Indian journal of veterinary science and animal husbandry - Volume 6,
Year: 1936
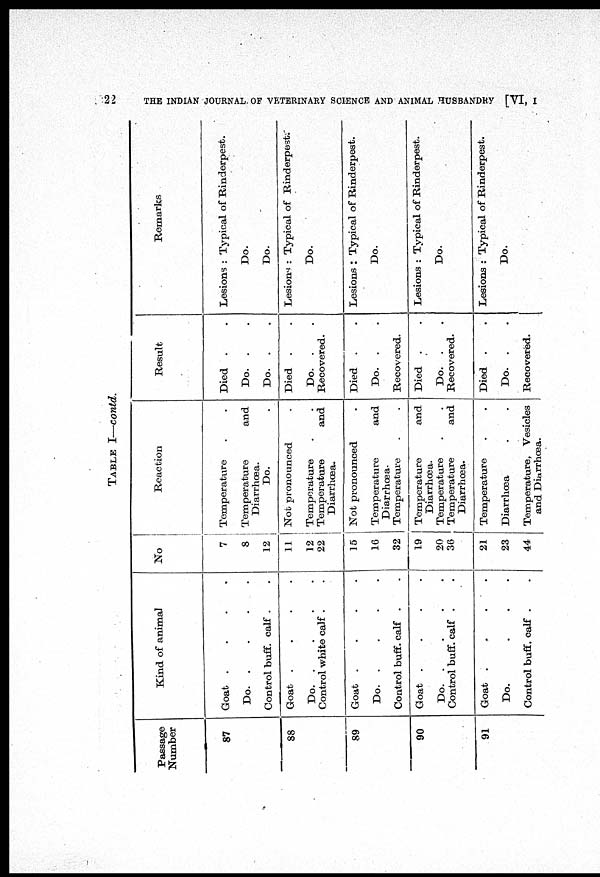
22
THE INDIAN JOURNAL OF VETERINARY SCIENCE AND ANIMAL HUSBANDRY [VI, I
TABLE I—contd.
Passage
Number
87
88
89
90
91
Kind of animal
Goat . . . .
Do.
.
.
.
.
Control buff. calf . .
Goat . . . .
Do.
.
.
.
.
Control white calf . .
Goat . . . .
Do.
.
.
.
.
Control buff. calf . .
Goat . . . .
Do.
.
.
.
.
Control buff. calf . .
Goat . . . .
Do. . . .
Control buff. calf .
.
No
7
8
12
11
12
22
15
16
32
19
20
36
21
23
44
Reaction
Temperature
.
.
Temperature and
Diarrhœa.
Do. .
Not pronounced .
Temperature . .
Temperature
and
Diarrhœa.
Not pronounced
.
Temperature and
Diarrhœa.
Temperature . .
Temperature and
Diarrhœa.
Temperature . .
Temperature and
Diarrhœa.
Temperature
.
.
Diarrhœa . .
Temperature, Vesicles
and Diarrhœa.
Result
Died . .
Do. .
.
Do. . .
Died . .
Do. .
.
Recovered.
Died . .
Do. .
.
Recovered.
Died . .
Do. . .
Recovered.
Died . .
Do. .
.
Recovered.
Remarks
Lesions : Typical of Rinderpest.
Do.
Do.
Lesions : Typical of Rinderpest.
Do.
Lesions : Typical of Rinderpest.
Do.
Lesions : Typical of Rinderpest.
Do.
Lesions : Typical of Rinderpest.
Do.